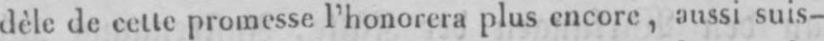
dèle de cette promesse l’honorera plus encore, aussi suis-